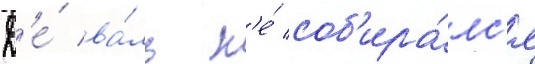
Д'е́ ва́ль н'е́ соб'ира́лс'я